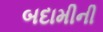
બદામીની